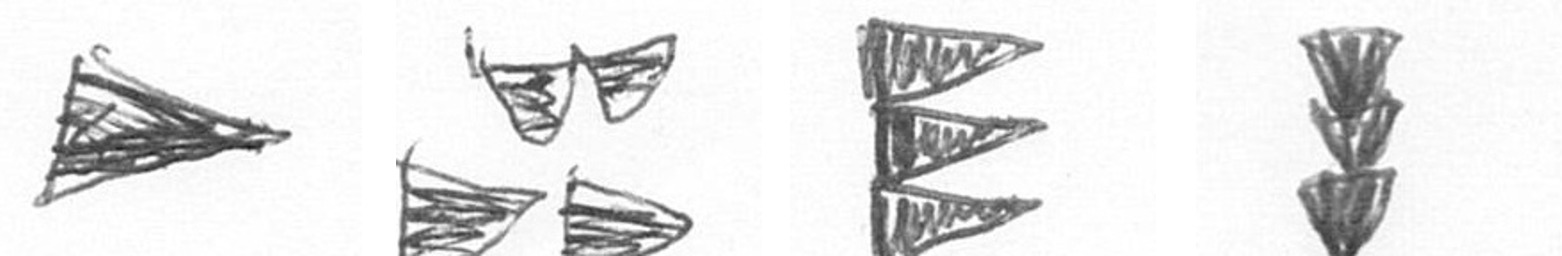
T B H E